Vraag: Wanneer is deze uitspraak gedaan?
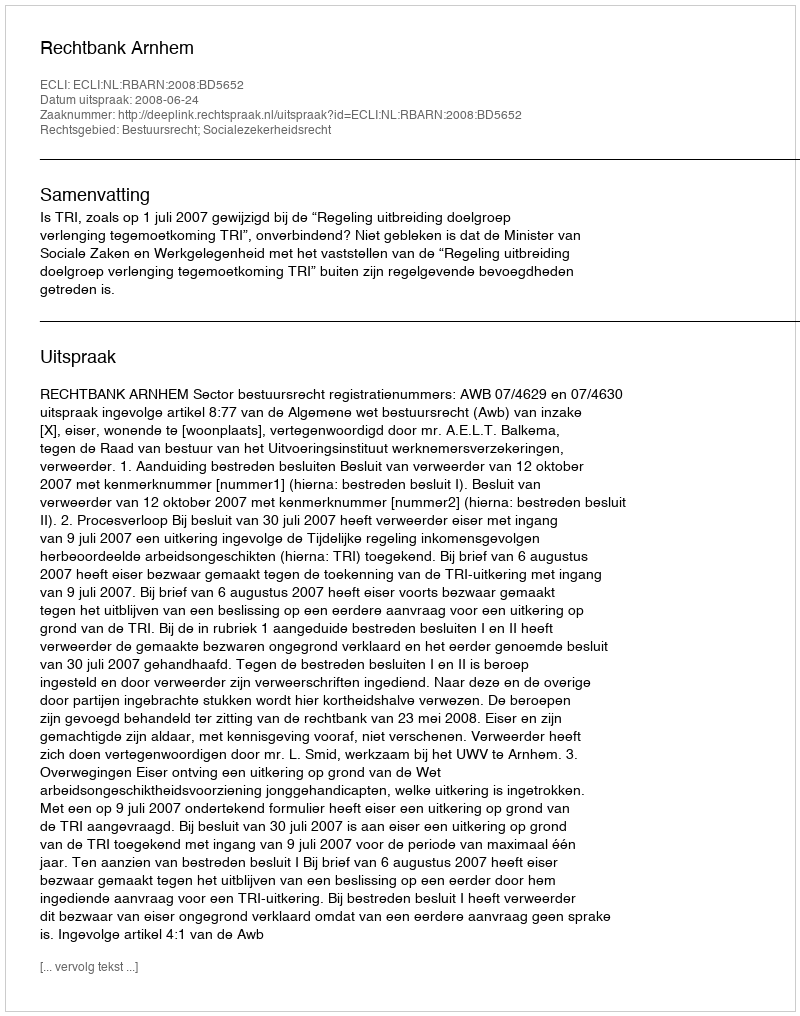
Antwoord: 2008-06-24